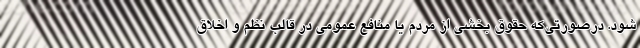
شود. درصورتی‌که حقوق بخشی از مردم یا منافع عمومی در قالب نظم و اخلاق